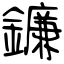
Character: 鐮